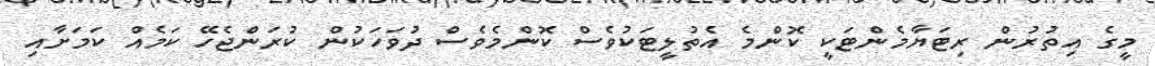
މީގެ އިތުރުން ރިޓަޔާމެންޓަކީ ކޮންމެ އެތުލީޓަކުވެސް ކޮންމެވެސް ދުވަހަކުން ކުރަންޖެހޭ ކަމެއް ކަމަށާއި